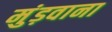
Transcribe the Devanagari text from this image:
मुंड़वाना